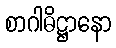
စာဂါဓိဋ္ဌာနော